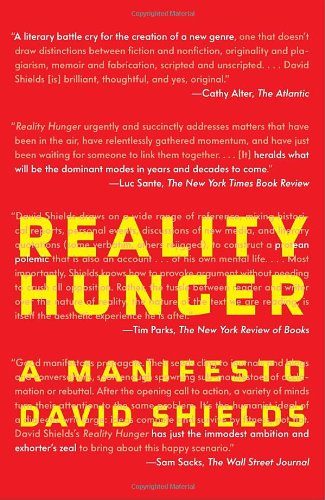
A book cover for Reality Hunger: A Manifesto; David Shields; Politics & Social Sciences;